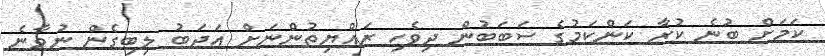
ކަމަށް ބުނެ ކުރާ ކަންކަމުގެ ސަބަބުން ދިވެހި ރައްޔިތުންނަށް އަދަބު ލިބިގެން ނުވާނެ